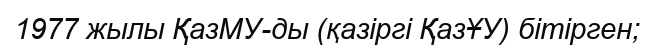
1977 жылы ҚазМУ-ды (қазіргі ҚазҰУ) бітірген;